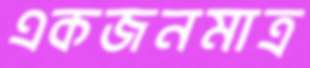
একজনমাত্র